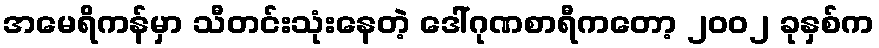
အမေရိကန်မှာ သီတင်းသုံးနေတဲ့ ဒေါ်ဂုဏစာရီကတော့ ၂၀၀၂ ခုနှစ်က